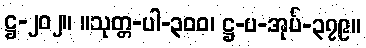
ဋ္ဌ-၂၀၂။ ။သုတ္တ-ပါ-၃၀၀၊ ဋ္ဌ-ပ-အုပ်-၃၇၉။